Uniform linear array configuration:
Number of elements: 64
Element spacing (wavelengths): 0.5
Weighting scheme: binomial
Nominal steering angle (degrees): -45
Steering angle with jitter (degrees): -46.241
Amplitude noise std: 0.05
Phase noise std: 0.05

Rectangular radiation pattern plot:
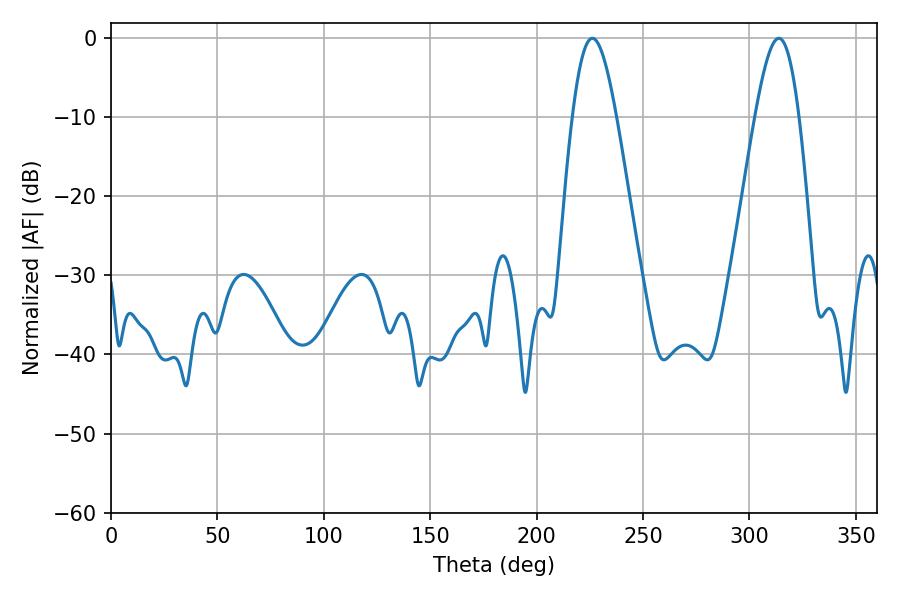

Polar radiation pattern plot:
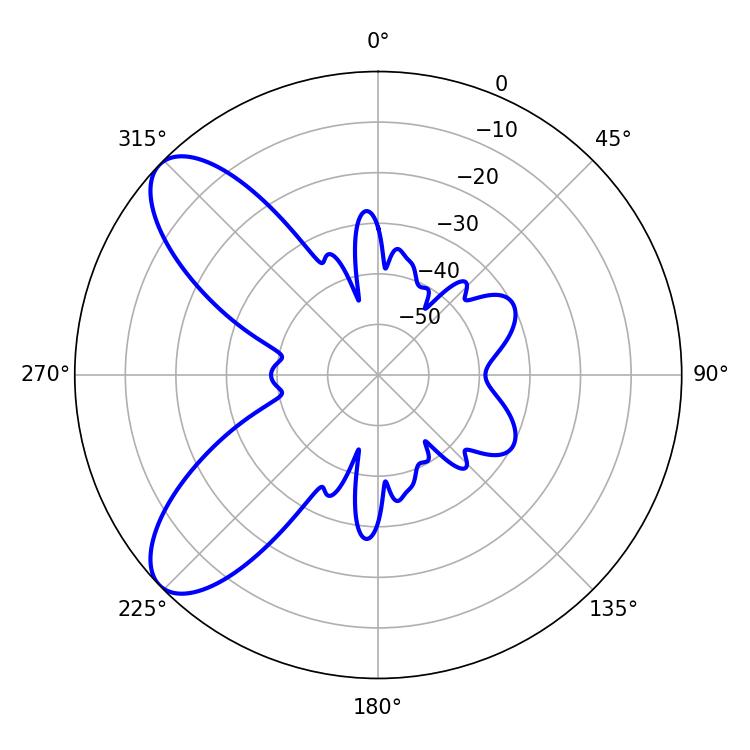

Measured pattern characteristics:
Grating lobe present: FALSE
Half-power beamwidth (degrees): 11.16
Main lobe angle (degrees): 226.26